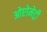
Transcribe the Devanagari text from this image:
ओप्टोमेट्री